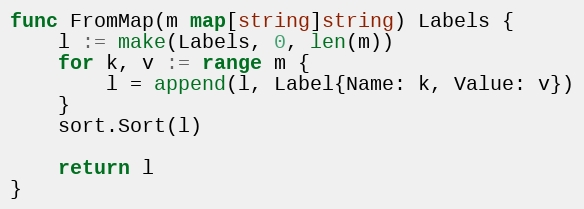
Language: Go
func FromMap(m map[string]string) Labels {
	l := make(Labels, 0, len(m))
	for k, v := range m {
		l = append(l, Label{Name: k, Value: v})
	}
	sort.Sort(l)

	return l
}